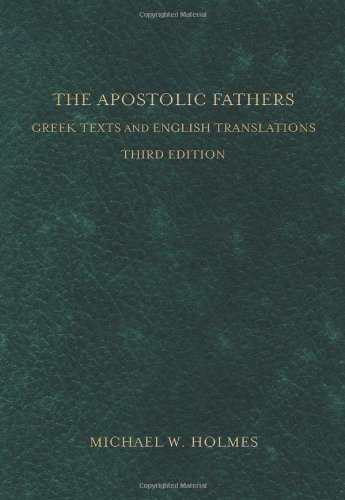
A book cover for The Apostolic Fathers: Greek Texts and English Translations; Christian Books & Bibles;